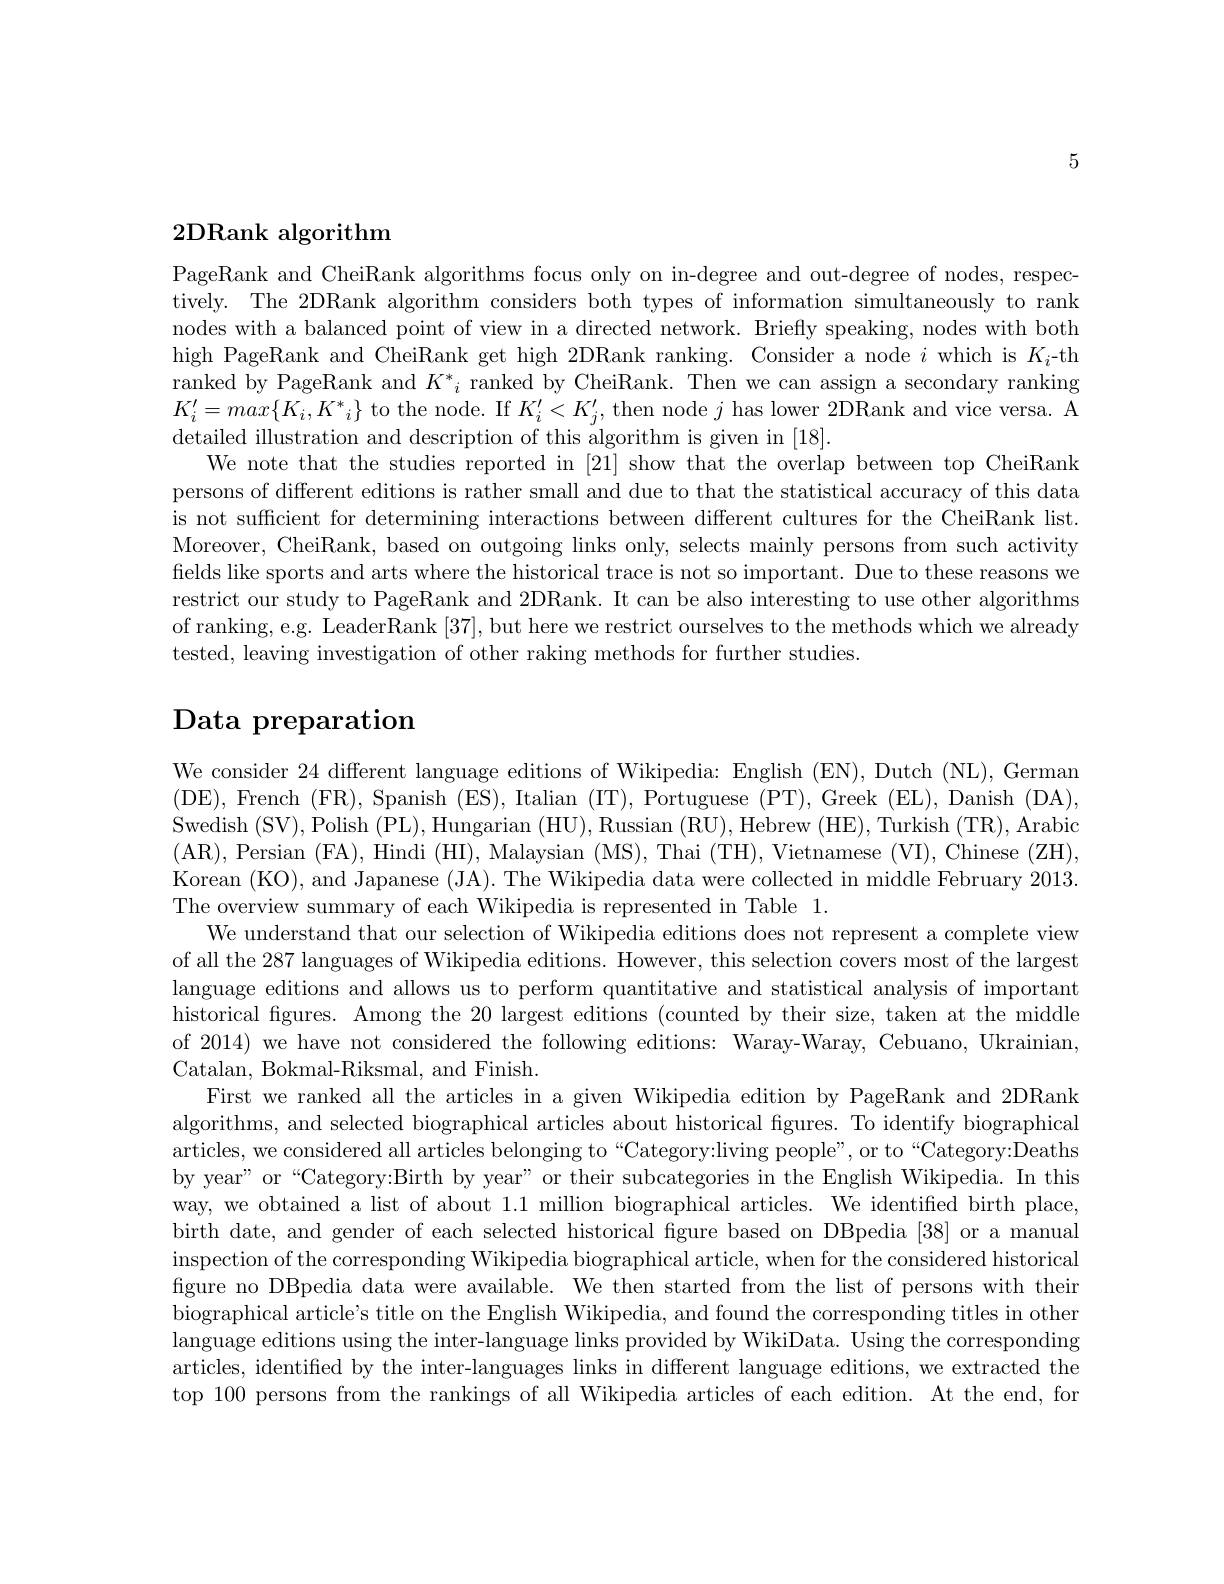
5

## 2DRank algorithm

PageRank and CheiRank algorithms focus only on in-degree and out-degree of nodes, respectively. The 2DRank algorithm considers both types of information simultaneously to rank nodes with a balanced point of view in a directed network. Briefly speaking, nodes with both high PageRank and CheiRank get high 2DRank ranking. Consider a node $i$ which is $K_i$-th ranked by PageRank and $K^*_i$ ranked by CheiRank. Then we can assign a secondary ranking $K_{i}^{\prime}=max\{K_{i},K^{*}_{i}\}$ to the node. If $K_i^{\prime}<K_{j}^{\prime}$,then node $j$ has lower 2DRank and vice versa. A detailed illustration and description of this algorithm is given in [18].
We note that the studies reported in [21] show that the overlap between top CheiRank persons of different editions is rather small and due to that the statistical accuracy of this data is not sufficient for determining interactions between different cultures for the CheiRank list. Moreover, CheiRank, based on outgoing links only, selects mainly persons from such activity fields like sports and arts where the historical trace is not so important. Due to these reasons we restrict our study to PageRank and 2DRank. It can be also interesting to use other algorithms of ranking, e.g. LeaderRank [37], but here we restrict ourselves to the methods which we already tested, leaving investigation of other raking methods for further studies.

## $\textbf{Data preparation}$

We consider 24 different language editions of Wikipedia: English (EN), Dutch (NL), German (DE),French(FR),Spanish(ES),Italian(IT),Portuguese(PT),Greek(EL),Danish(DA), Swedish (SV), Polish (PL), Hungarian (HU), Russian (RU), Hebrew (HE), Turkish (TR), Arabic (AR), Persian (FA), Hindi (HI), Malaysian (MS), Thai (TH), Vietnamese (VI), Chinese (ZH), Korean (KO), and Japanese (JA). The Wikipedia data were collected in middle February 2013. The overview summary of each Wikipedia is represented in Table 1.
We understand that our selection of Wikipedia editions does not represent a complete view of all the 287 languages of Wikipedia editions. However, this selection covers most of the largest language editions and allows us to perform quantitative and statistical analysis of important historical fgures. Among the 20 largest editions (counted by their size, taken at the middle of 2014) we have not considered the following editions: Waray-Waray, Cebuano, Ukrainian, Catalan, Bokmal-Riksmal, and Finish.
First we ranked all the articles in a given Wikipedia edition by PageRank and 2DRank algorithms, and selected biographical articles about historical figures. To identify biographical articles, we considered all articles belonging to “Category:living people”, or to “Category:Deaths by year" or“Category:Birth by year” or their subcategories in the English Wikipedia. In this way, we obtained a list of about 1.1 million biographical articles. We identified birth place, birth date, and gender of each selected historical figure based on DBpedia [38] or a manual inspection of the corresponding Wikipedia biographical article, when for the considered historical figure no DBpedia data were available. We then started from the list of persons with their biographical article's title on the English Wikipedia, and found the corresponding titles in other language editions using the inter-language links provided by WikiData. Using the corresponding articles, identifed by the inter-languages links in different language editions, we extracted the top 100 persons from the rankings of all Wikipedia articles of each edition. At the end, for